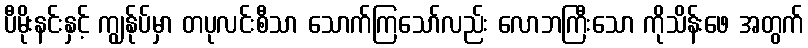
ပီမိုးနင်းနှင့် ကျွန်ုပ်မှာ တပုလင်းစီသာ သောက်ကြသော်လည်း လောဘကြီးသော ကိုသိန်းဖေ အတွက်